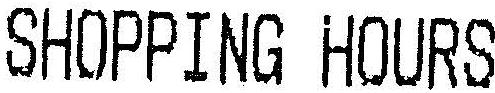
SHOPPING HOURS